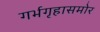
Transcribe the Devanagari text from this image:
गर्भगृहासमोर